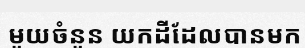
មួយចំនួន យកដីដែលបានមក